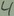
Text: 4